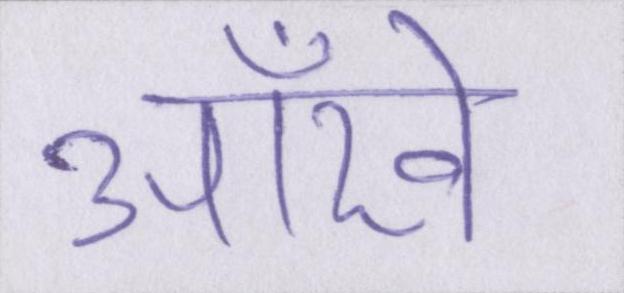
आँखे